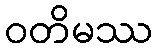
ဝတိမဿ